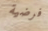
فرضية